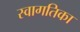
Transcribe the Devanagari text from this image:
स्वागतिका